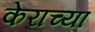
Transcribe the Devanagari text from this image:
केराच्या